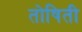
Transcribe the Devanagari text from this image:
तोषिती